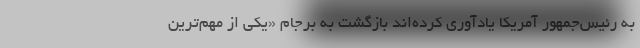
به رئیس‌جمهور آمریکا یادآوری کرده‌اند بازگشت به برجام «یکی از مهم‌ترین